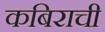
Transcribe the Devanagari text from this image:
कबिराची